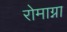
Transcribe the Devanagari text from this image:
रोमाग्ना